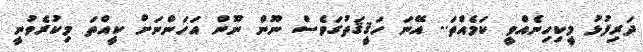
ދަރިފުޅު މީކިހިނެއްވީ ކަމެއްތަ.. އޭނަ ހަޤީޤަތުގަވެސް ނޫން ނޫން އަހަންނަށް ކީއްތަ މިކުރެވުނީ